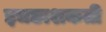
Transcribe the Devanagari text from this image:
इचछाशकती